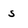
Character: s